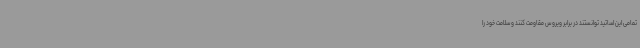
تمامی این اساتید توانستند در برابر ویروس مقاومت کنند و سلامت خود را